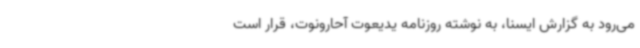
می‌رود به گزارش ایسنا، به نوشته روزنامه یدیعوت آحارونوت، قرار است